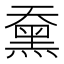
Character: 䵡